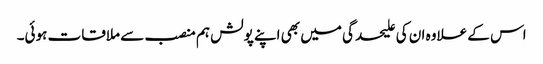
اس کے علاوہ ان کی علیحدگی میں بھی اپنے پولش ہم منصب سے ملاقات ہوئی۔